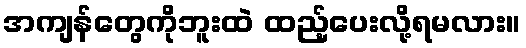
အကျန်တွေကိုဘူးထဲ ထည့်ပေးလို့ရမလား။